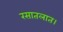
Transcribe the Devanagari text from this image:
रसातलात।